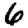
Digit: 6